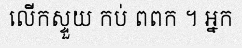
លើកស្ទួយ កប់ ពពក ។ អ្នក